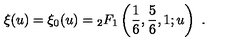
\xi ( u ) = { \xi } _ { 0 } ( u ) = \null _ { 2 } F _ { 1 } \left( \frac { 1 } { 6 } , \frac { 5 } { 6 } , 1 ; u \right) \ .